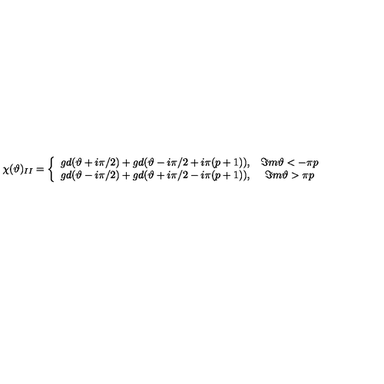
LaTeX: \chi ( \vartheta ) _ { I I } = \left\{ \begin{array} { c c } { g d ( \vartheta + i \pi / 2 ) + g d ( \vartheta - i \pi / 2 + i \pi ( p + 1 ) ) , } & { \Im m \vartheta < - \pi p } \\ { g d ( \vartheta - i \pi / 2 ) + g d ( \vartheta + i \pi / 2 - i \pi ( p + 1 ) ) , } & { \Im m \vartheta > \pi p } \\ \end{array} \right.